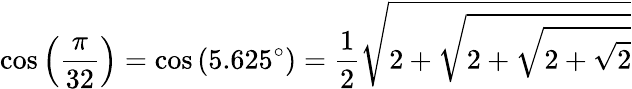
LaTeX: \cos\left({\frac{\pi}{32}}\right)=\cos\left(5.625^{\circ}\right)={\frac{1}{2}}{\sqrt{2+{\sqrt{2+{\sqrt{2+{\sqrt{2}}}}}}}}